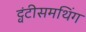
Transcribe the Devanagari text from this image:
ट्वंटीसमथिंग